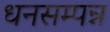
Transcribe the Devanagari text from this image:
धनसम्पन्न